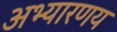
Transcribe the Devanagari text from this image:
अभ्यारणय